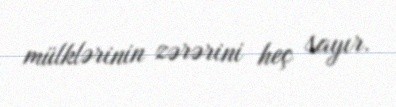
mülklərinin zərərini heç sayır.